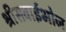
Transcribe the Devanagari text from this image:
श्रीसवाईभोज